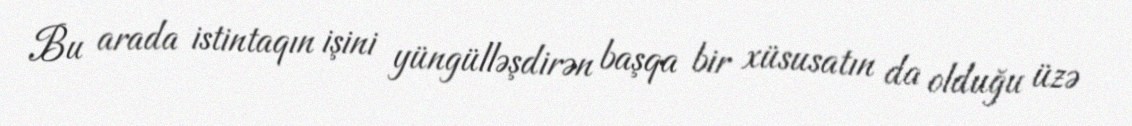
Bu arada istintaqın işini yüngülləşdirən başqa bir xüsusatın da olduğu üzə